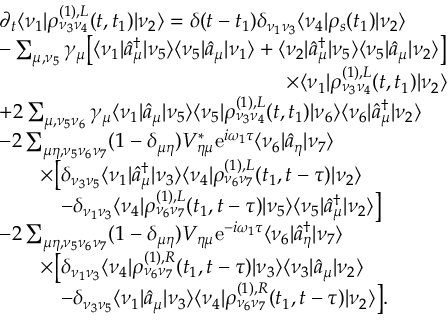
\begin{array} { r l } & { \partial _ { t } \langle \nu _ { 1 } | \rho _ { \nu _ { 3 } \nu _ { 4 } } ^ { ( 1 ) , L } ( t , t _ { 1 } ) | \nu _ { 2 } \rangle = \delta ( t - t _ { 1 } ) \delta _ { \nu _ { 1 } \nu _ { 3 } } \langle \nu _ { 4 } | \rho _ { s } ( t _ { 1 } ) | \nu _ { 2 } \rangle } \\ & { - \sum _ { \mu , \nu _ { 5 } } \gamma _ { \mu } \big [ \langle \nu _ { 1 } | \hat { a } _ { \mu } ^ { \dagger } | \nu _ { 5 } \rangle \langle \nu _ { 5 } | \hat { a } _ { \mu } | \nu _ { 1 } \rangle + \langle \nu _ { 2 } | \hat { a } _ { \mu } ^ { \dagger } | \nu _ { 5 } \rangle \langle \nu _ { 5 } | \hat { a } _ { \mu } | \nu _ { 2 } \rangle \big ] } \\ & { \qquad \qquad \qquad \qquad \qquad \qquad \qquad \times \langle \nu _ { 1 } | \rho _ { \nu _ { 3 } \nu _ { 4 } } ^ { ( 1 ) , L } ( t , t _ { 1 } ) | \nu _ { 2 } \rangle } \\ & { + 2 \sum _ { \mu , \nu _ { 5 } \nu _ { 6 } } \gamma _ { \mu } \langle \nu _ { 1 } | \hat { a } _ { \mu } | \nu _ { 5 } \rangle \langle \nu _ { 5 } | \rho _ { \nu _ { 3 } \nu _ { 4 } } ^ { ( 1 ) , L } ( t , t _ { 1 } ) | \nu _ { 6 } \rangle \langle \nu _ { 6 } | \hat { a } _ { \mu } ^ { \dagger } | \nu _ { 2 } \rangle } \\ & { - 2 \sum _ { \mu \eta , \nu _ { 5 } \nu _ { 6 } \nu _ { 7 } } ( 1 - \delta _ { \mu \eta } ) V _ { \eta \mu } ^ { * } \mathrm { e } ^ { i \omega _ { 1 } \tau } \langle \nu _ { 6 } | \hat { a } _ { \eta } | \nu _ { 7 } \rangle } \\ & { \qquad \times \big [ \delta _ { \nu _ { 3 } \nu _ { 5 } } \langle \nu _ { 1 } | \hat { a } _ { \mu } ^ { \dagger } | \nu _ { 3 } \rangle \langle \nu _ { 4 } | \rho _ { \nu _ { 6 } \nu _ { 7 } } ^ { ( 1 ) , L } ( t _ { 1 } , t - \tau ) | \nu _ { 2 } \rangle } \\ & { \qquad \quad - \delta _ { \nu _ { 1 } \nu _ { 3 } } \langle \nu _ { 4 } | \rho _ { \nu _ { 6 } \nu _ { 7 } } ^ { ( 1 ) , L } ( t _ { 1 } , t - \tau ) | \nu _ { 5 } \rangle \langle \nu _ { 5 } | \hat { a } _ { \mu } ^ { \dagger } | \nu _ { 2 } \rangle \big ] } \\ & { - 2 \sum _ { \mu \eta , \nu _ { 5 } \nu _ { 6 } \nu _ { 7 } } ( 1 - \delta _ { \mu \eta } ) V _ { \eta \mu } \mathrm { e } ^ { - i \omega _ { 1 } \tau } \langle \nu _ { 6 } | \hat { a } _ { \eta } ^ { \dagger } | \nu _ { 7 } \rangle } \\ & { \qquad \times \big [ \delta _ { \nu _ { 1 } \nu _ { 3 } } \langle \nu _ { 4 } | \rho _ { \nu _ { 6 } \nu _ { 7 } } ^ { ( 1 ) , R } ( t _ { 1 } , t - \tau ) | \nu _ { 3 } \rangle \langle \nu _ { 3 } | \hat { a } _ { \mu } | \nu _ { 2 } \rangle } \\ & { \qquad \quad - \delta _ { \nu _ { 3 } \nu _ { 5 } } \langle \nu _ { 1 } | \hat { a } _ { \mu } | \nu _ { 3 } \rangle \langle \nu _ { 4 } | \rho _ { \nu _ { 6 } \nu _ { 7 } } ^ { ( 1 ) , R } ( t _ { 1 } , t - \tau ) | \nu _ { 2 } \rangle \big ] . } \end{array}